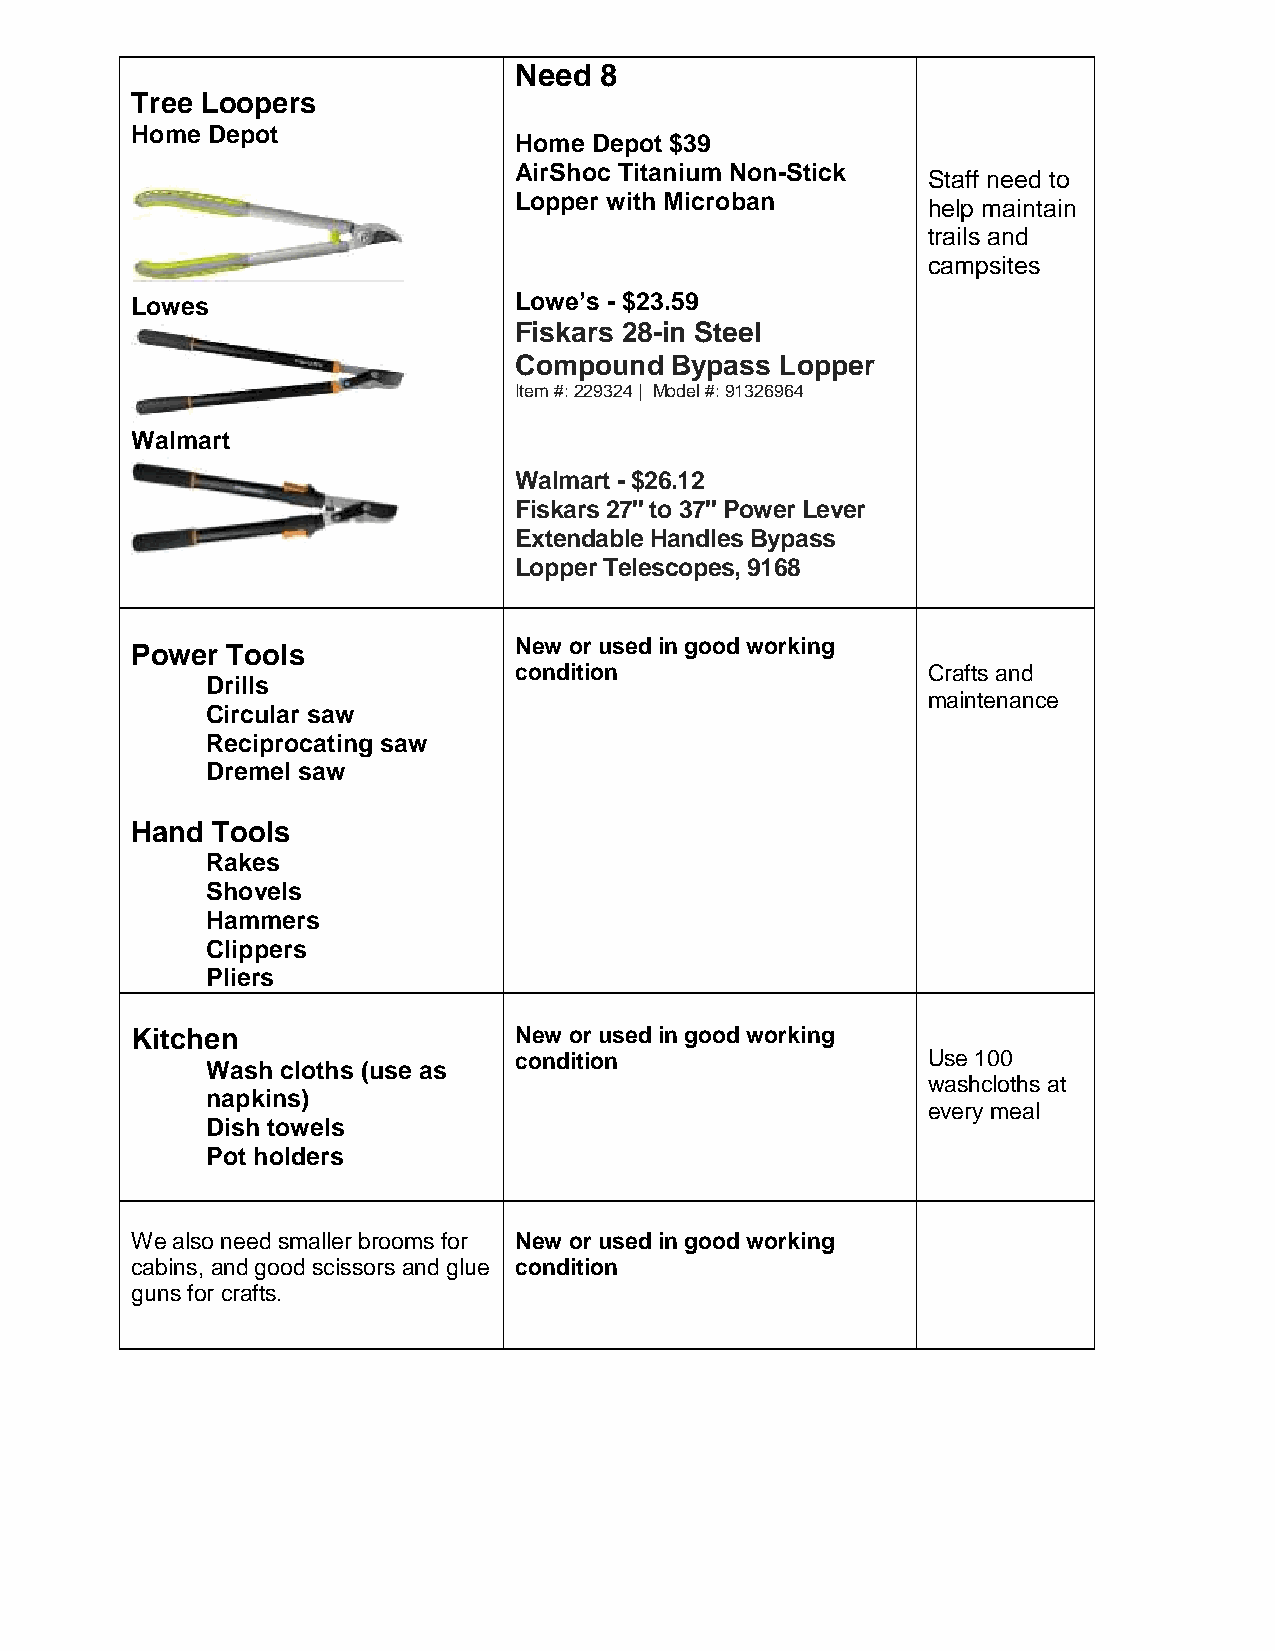
Need  8
 Tree Loopers
 Home Depot
 Home Depot $39
 AirShoc Titanium Non-Stick
 Staff need to
 Lopper with Microban
 help maintain
 trails and
 campsites
 Lowes                    Lowe’s - $23.59
 Fiskars 28-in Steel
 Compound  Bypass  Lopper
 Item #: 229324 | Model #: 91326964
 Walmart
 Walmart - $26.12
 Fiskars 27'' to 37'' Power Lever
 Extendable Handles Bypass
 Lopper Telescopes, 9168
 Power Tools              New or used in good working
 condition                  Crafts and
 Drills
 maintenance
 Circular saw
 Reciprocating saw
 Dremel saw
 Hand Tools
 Rakes
 Shovels
 Hammers
 Clippers
 Pliers
 Kitchen                  New or used in good working
 condition                  Use 100
 Wash cloths (use as
 washcloths at
 napkins)
 every meal
 Dish towels
 Pot holders
 We also need smaller brooms for New or used in good working
 cabins, and good scissors and glue condition
 guns for crafts.